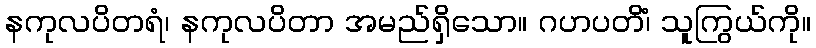
နကုလပိတရံ၊ နကုလပိတာ အမည်ရှိသော။ ဂဟပတိံ၊ သူကြွယ်ကို။